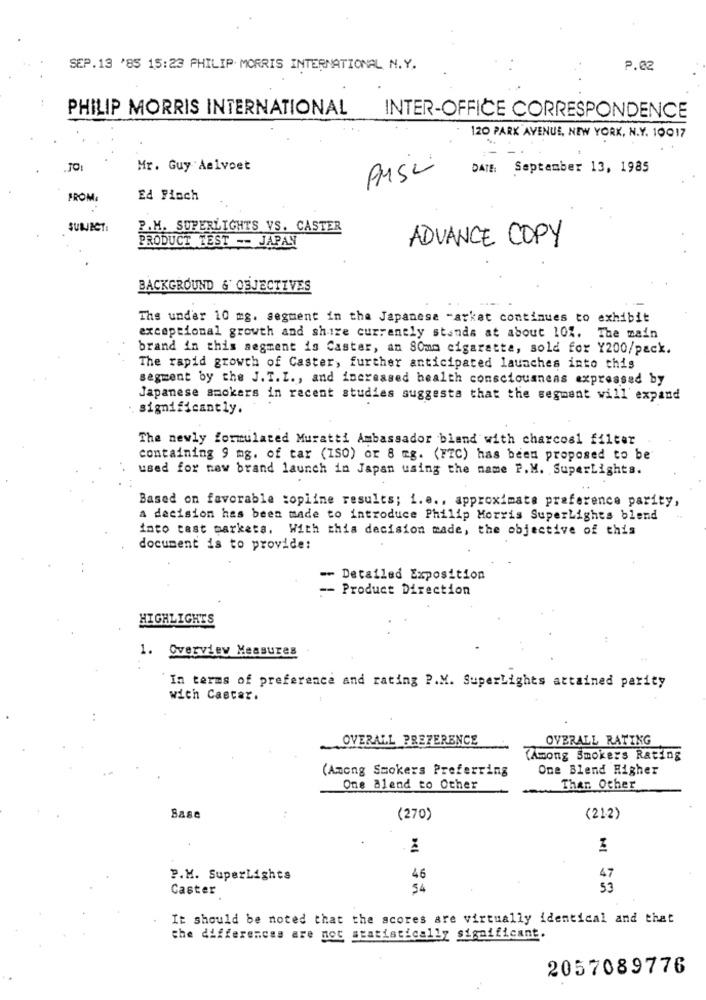
SEP.13 '85 15:23 PHILIP MORRIS INTERNATIONAL N.Y.
P.02
PHILIP MORRIS INTERNATIONAL
INTER-OFFICE CORRESPONDENCE
120 PARK AVENUE, NEW YORK, N.Y. 10017
:-
Mr. Guy Aelvoet
PMSi
DATE: September 13, 1985
FROM
Ed Fisch
SUBJECT:
P.M. SUPERLIGHTS VS. CASTER
PRODUCT TEST -- JAPAN
ADVANCE COPY
BACKGROUND & OBJECTIVES
The under 10 mg. segment in the Japanese -arket continues to exhibit
exceptional growth and shire currently stands at about 10%. The main
brand in this segment is Caster, an 80mm cigaretta, sold for Y200/pack.
The rapid growth of Caster, further anticipated launches into this
segment by the J. T. I ., and increased health consciousness expressed by
Japanese smokers in recent studies suggests that the segment will' expand
significantly.
The newly formulated Muratti Ambassador bland with charcoal filter
containing 9 mg. of tar (ISO) or 8 mg. (FTC) has been proposed to be
used for new brand launch in Japan using the name P.M. SuperLights.
Based on favorable topline results; i.e ., approximate preference parity,
a decision has been made to introduce Philip Morris SuperLights blend
into test marketa. With this decision made, the objective of this
document is to provide:
-- Detailed Exposition
-- Product Direction
HIGHLIGHTS
1. Overview Measures
In terms of preference and rating P.M. SuperLights attained parity
with Caecar.
OVERALL PREFERENCE
OVERALL RATING
(Among Smokers Rating
(Among Smokers Preferring
One Blend Higher
One Blend to Other
Than Other
Base
(270)
(212)
P.M. SuperLights
46
47
Caster
54
53
It should be noted that the scores are virtually identical and that
the differences are not statistically significant.
2057089776